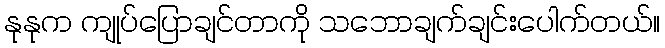
နုနုက ကျုပ်ပြောချင်တာကို သဘောချက်ချင်းပေါက်တယ်။